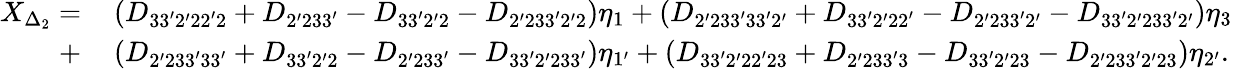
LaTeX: \begin{array}{rl}{X_{\Delta_{2}}=}&{{}\left({{D_{33^{\prime}2^{\prime}22^{\prime}2}}+{D_{2^{\prime}233^{\prime}}}-{D_{33^{\prime}2^{\prime}2}}-{D_{2^{\prime}233^{\prime}2^{\prime}2}}}\right){\eta_{1}}+\left({{D_{2^{\prime}233^{\prime}33^{\prime}2^{\prime}}}+{D_{33^{\prime}2^{\prime}22^{\prime}}}-{D_{2^{\prime}233^{\prime}2^{\prime}}}-{D_{33^{\prime}2^{\prime}233^{\prime}2^{\prime}}}}\right){\eta_{3}}}\\ {+}&{{}\left({{D_{2^{\prime}233^{\prime}33^{\prime}}}+{D_{33^{\prime}2^{\prime}2}}-{D_{2^{\prime}233^{\prime}}}-{D_{33^{\prime}2^{\prime}233^{\prime}}}}\right){\eta_{1^{\prime}}}+\left({{D_{33^{\prime}2^{\prime}22^{\prime}23}}+{D_{2^{\prime}233^{\prime}3}}-{D_{33^{\prime}2^{\prime}23}}-{D_{2^{\prime}233^{\prime}2^{\prime}23}}}\right){\eta_{2^{\prime}}}.}\end{array}